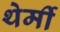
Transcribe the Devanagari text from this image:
थेर्मी